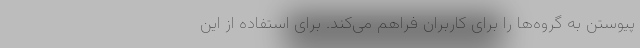
پیوستن به گروه‌ها را برای کاربران فراهم می‌کند. برای استفاده از این